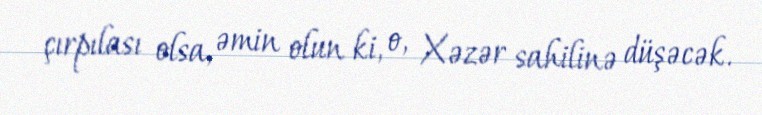
çırpılası olsa, əmin olun ki, o, Xəzər sahilinə düşəcək.